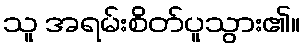
သူ အရမ်းစိတ်ပူသွား၏။